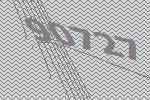
90727